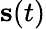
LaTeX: \mathbf{s}(t)